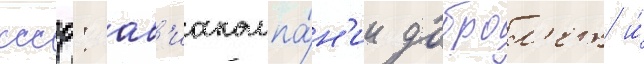
ссср: ав'иакомпа́н'ии доброл'ет и́